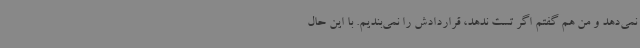
نمی‌دهد و من هم گفتم اگر تست ندهد، قراردادش را نمی‌بندیم. با این حال